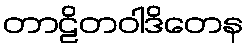
တာဠိတဝါဒိတေန